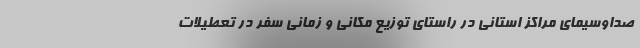
صداوسیمای مراکز استانی در راستای توزیع مکانی و زمانی سفر در تعطیلات